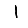
Digit: 1